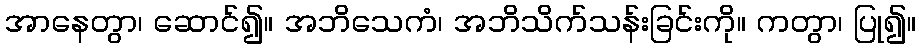
အာနေတွာ၊ ဆောင်၍။ အဘိသေကံ၊ အဘိသိက်သန်းခြင်းကို။ ကတွာ၊ ပြု၍။